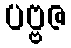
ပဗ္ဗဇ